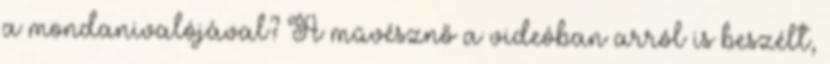
a mondanivalójával? A művésznő a videóban arról is beszélt,